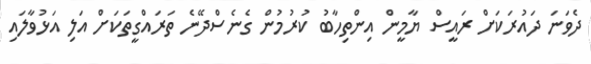
ދެވަނަ ދައުރަކަށް ރައީސް ޔާމީން އިންތިހާބު ކުރުމުން ގެނެސްދޭނެ ތަރައްގީތަަކަށް އަލި އަޅުވާލައި